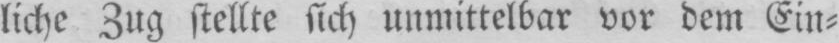
liche Zug stellte sich unmittelbar vor dem Ein⸗